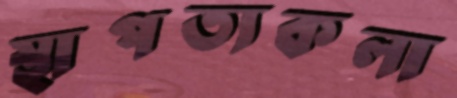
স্থাপত্যকলা